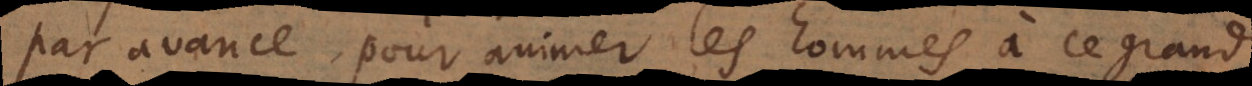
par avance pour animer les hommes à ce grand